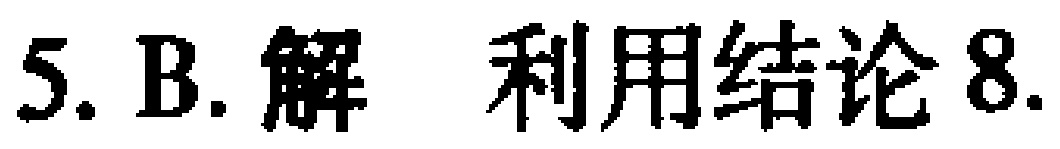
5. B. 解 利用结论8.